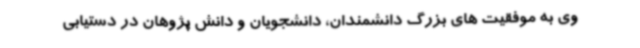
وی به موفقیت های بزرگ دانشمندان، دانشجویان و دانش پژوهان در دستیابی